Indian journal of veterinary science and animal husbandry - Volume 8,
Year: 1938
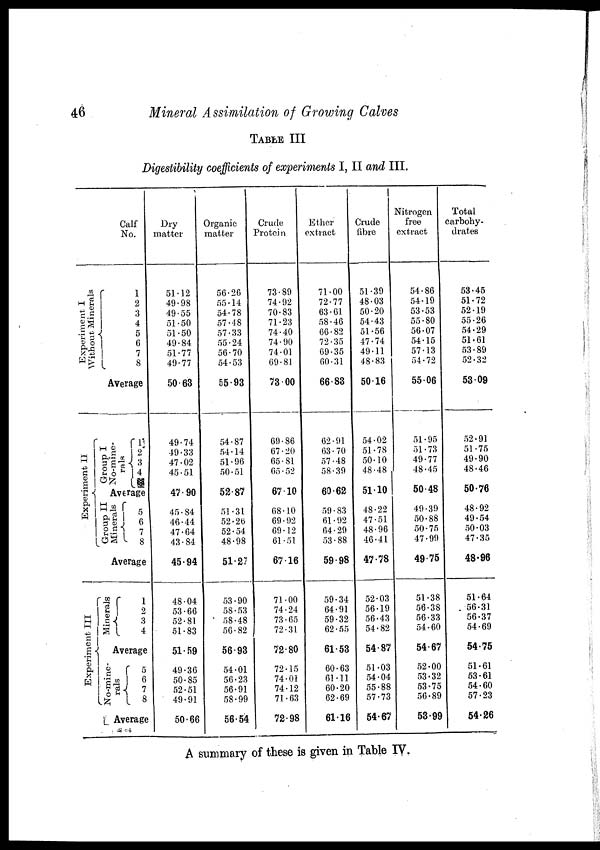
46
Mineral Assimilation of Growing Calves
TABLE III
Digestibility coefficients of experiments I, II and III.
Calf
No.
Experiment I
Without Minerals
Experiment II
Expe r
ime nt III
1
2
3
4
5
6
7
8
Average
Gr oup I
No-mine-
rals
1
2
3
4
Average
Gr oup II
Minerals
5
6
7
8
Average
Mi ner al s
1
2
3
4
Average
No- mine -
rals
5
6
7
8
Average
Dry
matter
51.12
49.98
49.55
51.50
51.50
49.84
51.77
49.77
50.63
49.74
49.33
47.02
45.51
47.90
45.84
46.44
47.64
43.84
45.94
48.04
53.66
52.81
51.83
51.59
49.36
50.85
52.51
49.91
50.66
Organic
matter
56.26
55.14
54.78
57.48
57.33
55.24
56.70
54.53
55.93
54.87
54.14
51.96
50.51
52.87
51.31
52.26
52.54
48.98
51.27
53.90
58.53
58.48
56.82
56.93
54.01
56.23
56.91
58.99
56.54
Crude
Protein
73.89
74.92
70.83
71.23
74.40
74.90
74.01
69.81
73.00
69.86
67.20
65.81
65.52
67.10
68.10
69.92
69.12
61.51
67.16
71.00
74.24
73.65
72.31
72.80
72.15
74.01
74.12
71.63
72.98
Ether
extract
71.00
72.77
63.61
58.46
66.82
72.35
69.35
60.31
66.83
62.91
63.70
57.48
58.39
60.62
59.83
61.92
64.29
53.88
59.98
59.34
64.91
59.32
62.55
61.53
60.63
61.11
60.20
62.69
61.16
Crude
fibre
51.39
48.03
50.20
54.43
51.56
47.74
49.11
48.83
50.16
54.02
51.78
50.10
48.48
51.10
48.22
47.51
48.96
46.41
47.78
52.03
56.19
56.43
54.82
54.87
51.03
54.04
55.88
57.73
54.67
Nitrogen
free
extract
54.86
54.19
53.53
55.80
56.07
54.15
57.13
54.72
55.06
51.95
51.73
49.77
48.45
50.48
49.39
50.88
50.75
47.99
49.75
51.38
56.38
56.33
54.60
54.67
52.00
53.32
53.75
56.89
53.99
Total
carbohy-
drates
53.45
51.72
52.19
55.26
54.29
51.61
53.89
52.32
53.09
52.91
51.75
49.90
48.46
50.76
48.92
49.54
50.03
47.35
48.96
51.64
56.31
56.37
54.69
54.75
51.61
53.61
54.60
57.23
54.26
A summary of these is given in Table IV.